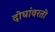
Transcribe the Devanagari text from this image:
दोघांवरती